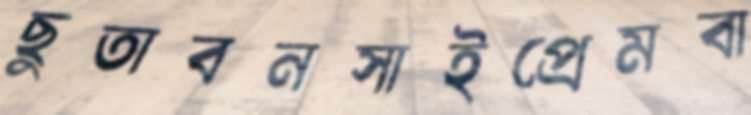
ছুতাবনসাইপ্রেমবা